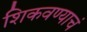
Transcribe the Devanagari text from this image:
शिकवण्याचं